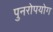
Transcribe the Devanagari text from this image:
पुनरोपयोग